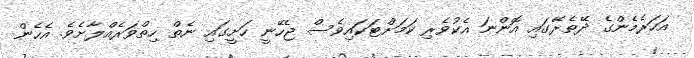
އަހަރެމެންގެ ދޭތެރޭގައި އޮންނަ އެކުވެރި ކަމަށްޓަކައިވެސް ޖެހޭނީ ހަށީގައި ނެތް ހިތްވަރެއްލާށެވެ. އެހެން